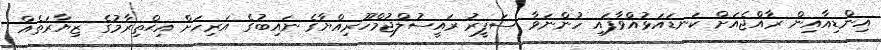
އިންޑިއާއިން ރާއްޖެއަށް ކަނޑައަޅުއްވާފައި ހުންނަވާ ސަފީރު ރައީސުލްޖުމްހޫރިއްޔާގެ ނައިބުގެ އަރިހަށް އިޙްތިރާމުގެ ޒިޔާރަތެއް